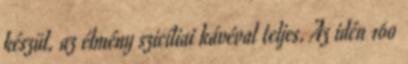
készül. az élmény szicíliai kávéval teljes. Az idén 160